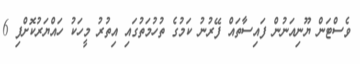
ވެސްޓަން ޔޫނިއަނުން ފައިސާތައް ފޭރުނު ކަމުގެ ތުހުމަތުގައި އިތުރު މީހަކު ހައްޔަރުކޮށްފި 6